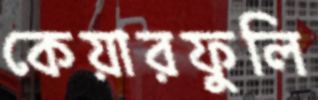
কেয়ারফুলি